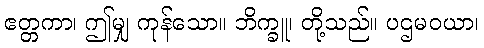
ဧတ္တကာ၊ ဤမျှ ကုန်သော။ ဘိက္ခူ၊ တို့သည်။ ပဌမဝယာ၊